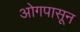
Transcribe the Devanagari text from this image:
ओगपासून